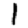
Digit: 1